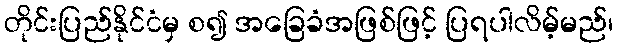
တိုင်းပြည်နိုင်ငံမှ စ၍ အခြေခံအဖြစ်ဖြင့် ပြရပါလိမ့်မည်၊